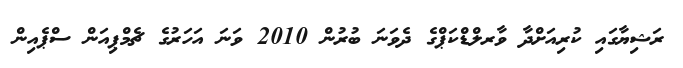
ރަޝިޔާގައި ކުރިއަށްދާ ވާރލްޑްކަޕްގެ ދެވަނަ ބުރުން 2010 ވަނަ އަހަރުގެ ޗެމްޕިއަން ސްޕެއިން